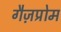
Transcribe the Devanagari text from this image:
गैज़प्रोम